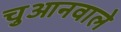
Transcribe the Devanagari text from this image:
चुआनवाले